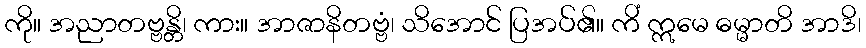
ကို။ အညာတဗ္ဗန္တိ၊ ကား။ အာဇာနိတဗ္ဗံ၊ သိအောင် ပြအပ်၏။ ကိံ ဣမေ ဓမ္မာတိ အာဒိ၊